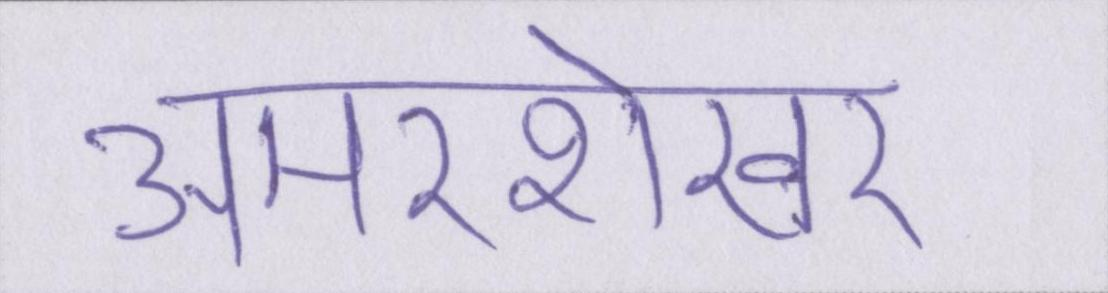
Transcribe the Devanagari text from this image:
अमरशेखर